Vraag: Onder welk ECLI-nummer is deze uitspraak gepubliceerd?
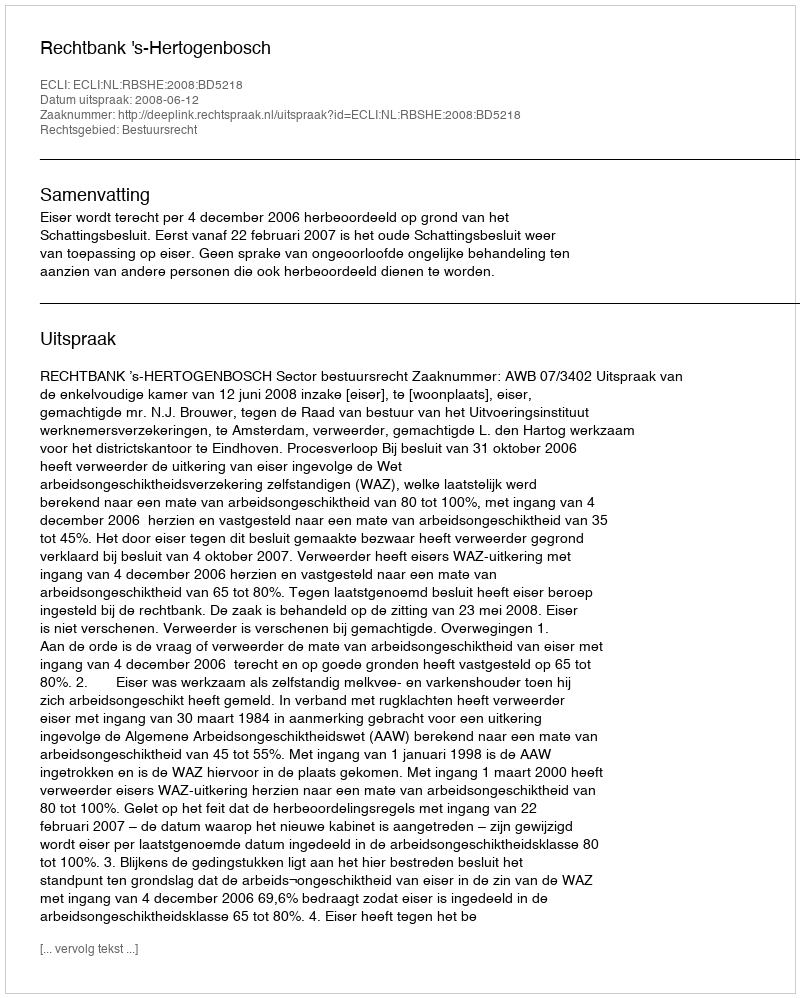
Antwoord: ECLI:NL:RBSHE:2008:BD5218